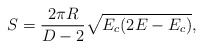
\begin{align*}S={{2\pi R}\over{D-2}}\sqrt{E_c(2E-E_c)},\end{align*}